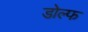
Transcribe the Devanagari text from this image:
डोल्फ